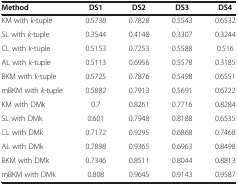
| Method | DS1 | DS2 | DS3 | DS4 |
 | --- | --- | --- | --- | --- |
 | KM with k-tuple | 0.5738 | 0.7828 | 0.5543 | 0.6532 |
 | SL with k-tuple | 0.3544 | 0.4148 | 0.3307 | 0.3244 |
 | CL with k-tuple | 0.5153 | 0.7253 | 0.5588 | 0.516 |
 | AL with k-tuple | 0.5113 | 0.6956 | 0.5578 | 0.3185 |
 | BKM with k-tuple | 0.5725 | 0.7876 | 0.5498 | 0.6551 |
 | mBKM with k-tuple | 0.5882 | 0.7913 | 0.5691 | 0.6722 |
 | KM with DMk | 0.7 | 0.8261 | 0.7716 | 0.8284 |
 | SL with DMk | 0.601 | 0.7948 | 0.8188 | 0.6535 |
 | CL with DMk | 0.7172 | 0.9295 | 0.6868 | 0.7468 |
 | AL with DMk | 0.7898 | 0.9365 | 0.6963 | 0.8498 |
 | BKM with DMk | 0.7346 | 0.8511 | 0.8044 | 0.8813 |
 | mBKM with DMk | 0.808 | 0.9645 | 0.9143 | 0.9587 |